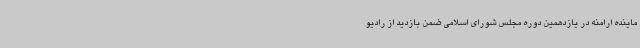
ماینده ارامنه در یازدهمین دوره مجلس شورای اسلامی ضمن بازدید از رادیو